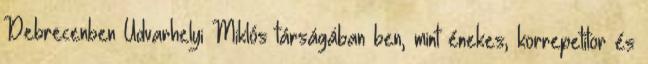
Debrecenben Udvarhelyi Miklós társágában ben, mint énekes, korrepetitor és